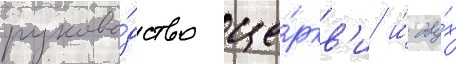
руково́дство це́ркв'и и́ дву́х